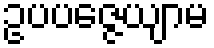
ဥပပဇ္ဇေယျာမ